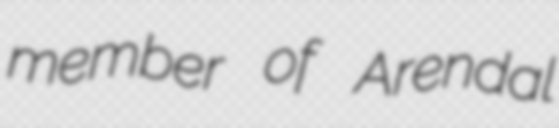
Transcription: member of Arendal